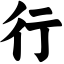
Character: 行